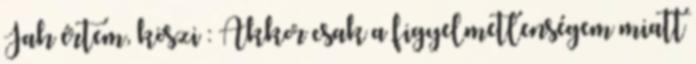
Jah értem, köszi : Akkor csak a figyelmetlenségem miatt